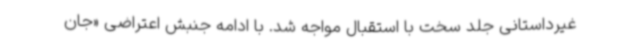
غیرداستانی جلد سخت با استقبال مواجه شد. با ادامه‌ جنبش اعتراضی «جان